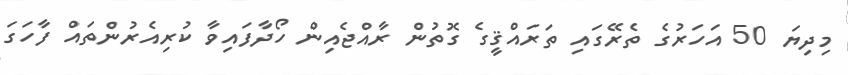
މިދިޔަ 50 އަހަރުގެ ތެރޭގައި ތަރައްޤީގެ ގޮތުން ރާއްޖެއިން ހޯދާފައިވާ ކުރިއެރުންތައް ފާހަގަ